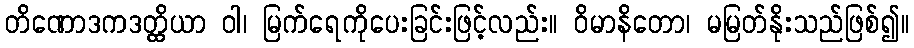
တိဏောဒကဒတ္ထိယာ ဝါ၊ မြက်ရေကိုပေးခြင်းဖြင့်လည်း။ ဝိမာနိတော၊ မမြတ်နိုးသည်ဖြစ်၍။